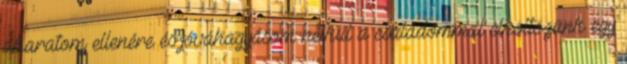
akaratom ellenére és jóváhagyásom nélkül a családommal elköltözünk egy